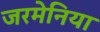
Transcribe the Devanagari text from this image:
जरमेनिया